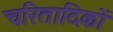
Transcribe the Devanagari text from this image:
चरितादिकों